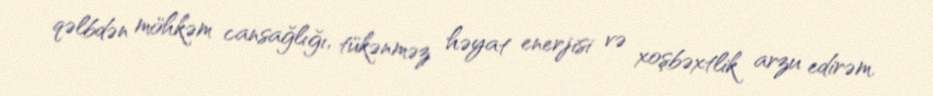
qəlbdən möhkəm cansağlığı, tükənməz həyat enerjisi və xoşbəxtlik arzu edirəm.